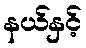
နယ်နှင့်